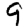
Digit: 9